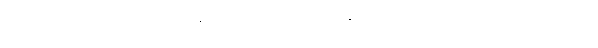
ဘဝသံသရာက စပြီး အကယ်ဒမီဆုတွေ ဆွတ်ခူးခဲ့ရာမှာ မြပန်းဝတ်ရည်၊